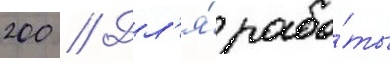
200 // Дл'я́ рабо́ты